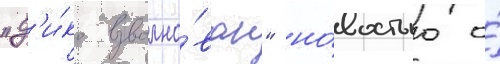
"д'и́ко взволно́ван" но́востью о́